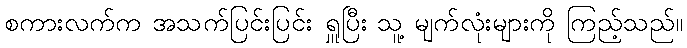
စကားလက်က အသက်ပြင်းပြင်း ရှူပြီး သူ့ မျက်လုံးများကို ကြည့်သည်။